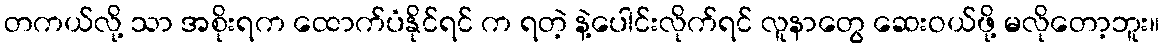
တကယ်လို့ သာ အစိုးရက ထောက်ပံနိုင်ရင် က ရတဲ့ နဲ့ပေါင်းလိုက်ရင် လူနာတွေ ဆေးဝယ်ဖို့ မလိုတော့ဘူး။